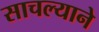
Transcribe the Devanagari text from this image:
साचल्याने